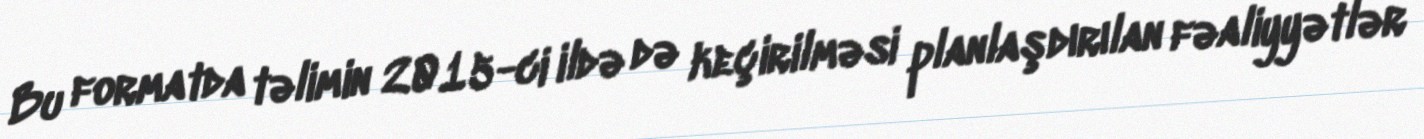
Bu formatda təlimin 2015-ci ildə də keçirilməsi planlaşdırılan fəaliyyətlər